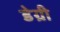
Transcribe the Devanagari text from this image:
डेग्री